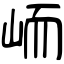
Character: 峏